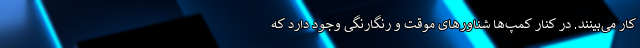
کار می‌بینند. در کنار کمپ‌ها شناورهای موقت و رنگارنگی وجود دارد که